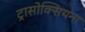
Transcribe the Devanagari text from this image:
ट्रासोक्सियना